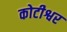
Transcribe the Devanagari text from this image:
कोटीश्वर